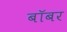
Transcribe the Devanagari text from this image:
बॉबर